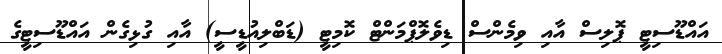
އައްޑޫސިޓީ ޕޮލިސް އާއި ވިމެންސް ޑިވެލޮޕްމަންޓް ކޮމިޓީ (ޑަބްލިއުޑީސީ) އާއި ގުޅިގެން އައްޑޫސިޓީގެ